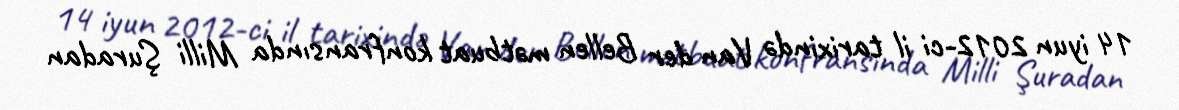
14 iyun 2012-ci il tarixində Van der Bellen mətbuat konfransında Milli Şuradan